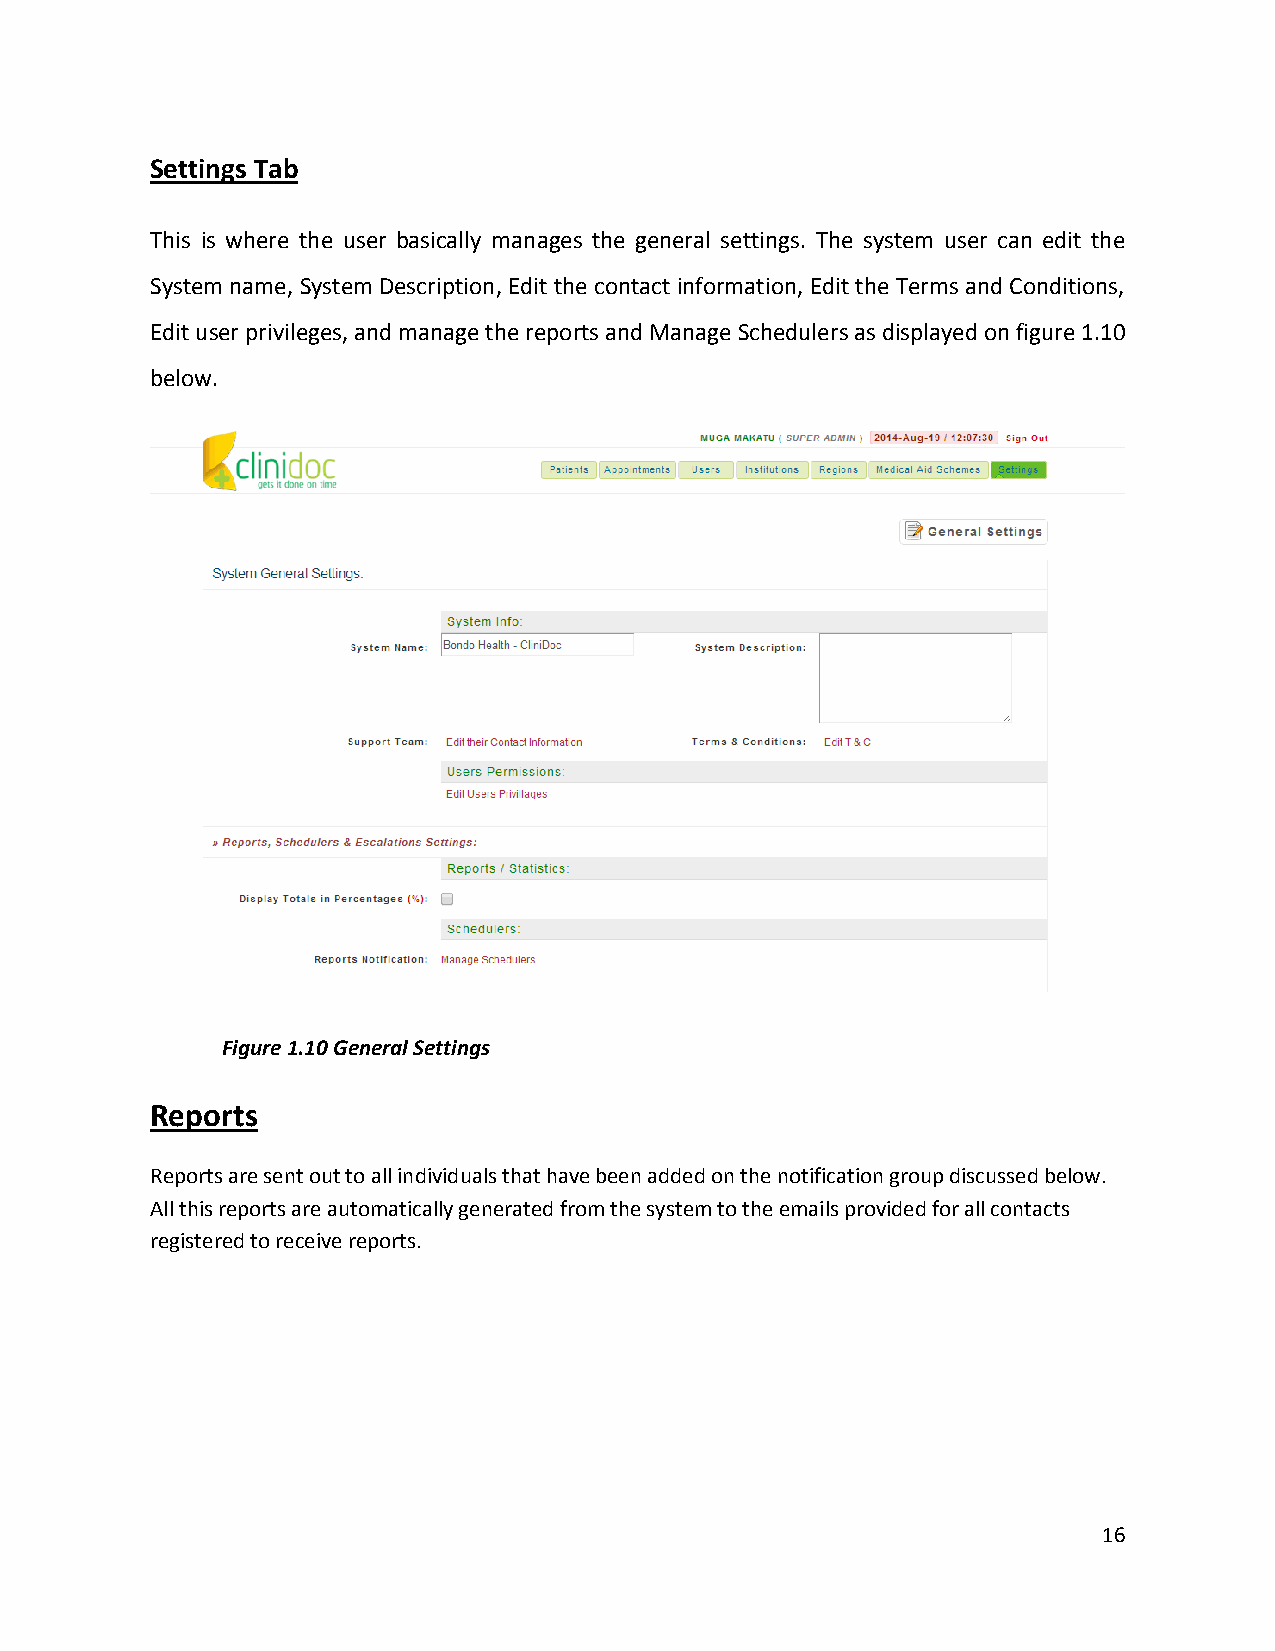
Settings Tab
 This is where the user basically manages the general settings. The system user can edit the
 System name, System Description, Edit the contact information, Edit the Terms and Conditions,
 Edit user privileges, and manage the reports and Manage Schedulers as displayed on figure 1.10
 below.
 Figure 1.10 General Settings
 Reports
 Reports are sent out to all individuals that have been added on the notification group discussed below.
 All this reports are automatically generated from the system to the emails provided for all contacts
 registered to receive reports.
 16